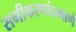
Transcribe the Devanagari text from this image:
समीकरणांप्रमाणे